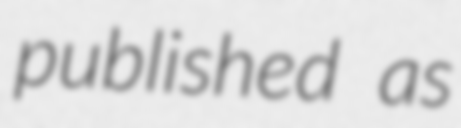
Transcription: published as